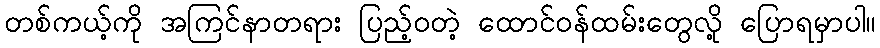
တစ်ကယ့်ကို အကြင်နာတရား ပြည့်ဝတဲ့ ထောင်ဝန်ထမ်းတွေလို့ ပြောရမှာပါ။